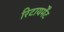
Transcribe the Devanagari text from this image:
रिटायर्मेंट